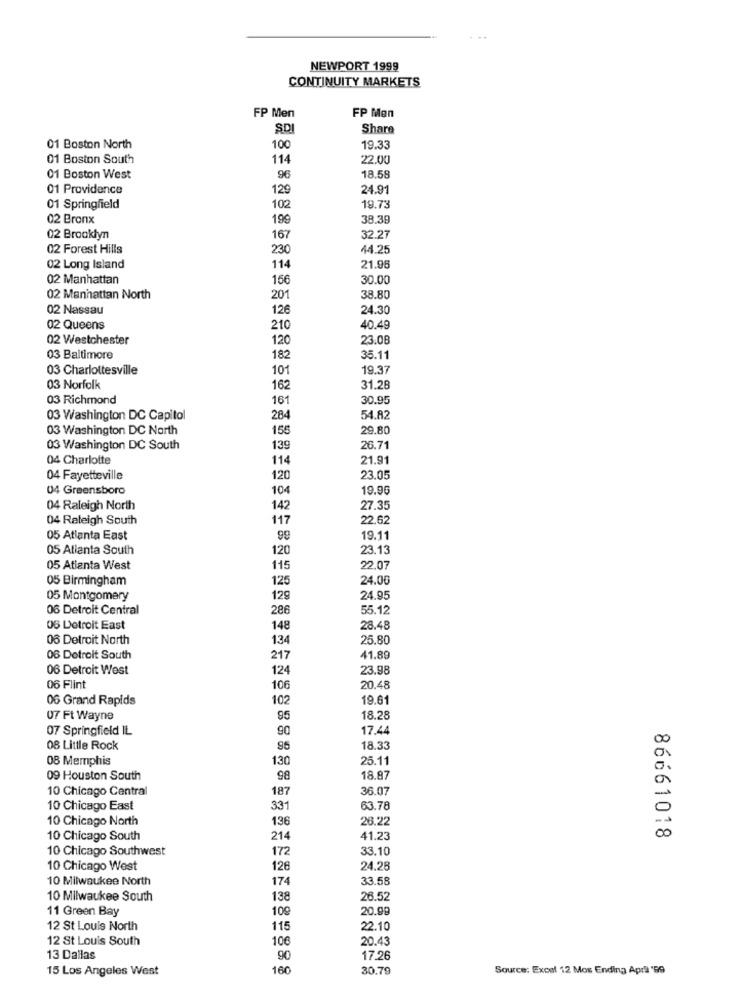
NEWPORT 1999
CONTINUITY MARKETS
FP Men
FP Men
SD.
Share
01 Boston North
100
19.33
01 Boston South
114
22.00
01 Boston West
96
18.58
01 Providence
129
24.91
01 Springfield
102
19.73
02 Bronx
199
38.39
02 Brooklyn
167
32.21
02 Forest Hills
230
44.25
02 Long Island
114
21.96
02 Manhattan
156
30.00
02 Manhattan North
201
38.80
02 Nassau
126
24.30
02 Queens
210
40.49
02 Westchester
120
23.08
03 Baltimore
182
35.11
03 Charlottesville
101
19.37
03 Norfolk
162
31.28
03 Richmond
161
30.95
03 Washington DC Capitol
284
54.82
03 Washington DC North
155
29.80
03 Washington DC South
139
26.71
04 Charlotte
114
21.91
04 Fayetteville
120
23.05
04 Greensboro
104
19.96
04 Raleigh North
142
27.35
04 Raleigh South
117
22.62
05 Atlanta East
99
19.11
05 Atlanta South
120
23.13
05 Atlanta West
115
22.07
05 Birmingham
125
24.00
05 Montgomery
129
24.95
06 Detroit Central
286
55.12
06 Detroit East
148
28.48
06 Detroit North
134
25,80
06 Detroit South
217
41.89
06 Detroit West
124
23.98
06 Flint
106
20.48
06 Grand Rapids
102
19.61
07 Ft Wayne
95
18.28
07 Springfield IL
17.44
90
08 Little Rock
96
18.33
08 Memphis
130
25.11
09 Houston South
98
18.87
10 Chicago Central
187
36.07
-
10 Chicago East
331
63.78
10 Chicago North
136
26.22
10 Chicago South
214
41.23
00
86661018
10 Chicago Southwest
172
33.10
10 Chicago West
126
24.28
10 Milwaukee North
174
33.58
10 Milwaukee South
138
26.52
11 Green Bay
10g
20.99
12 St Louis North
115
22.10
12 St Louis South
106
20.43
13 Dallas
90
17.26
15 Los Angeles West
160
30.79
Source: Excel 12 Mos Ending April '99